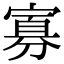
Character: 寡